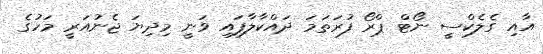
އާއި ގެލެކްސީ ނޯޓް ޕްރޯ ފުރަތަމަ ދައްކާލާފައި ވަނީ މިދިޔަ ޖެނުއަރީ މަހުގެ